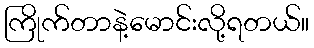
ကြိုက်တာနဲ့မောင်းလို့ရတယ်။